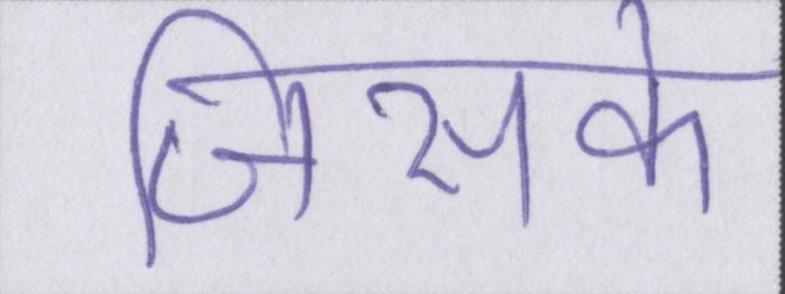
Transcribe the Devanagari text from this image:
जिसके